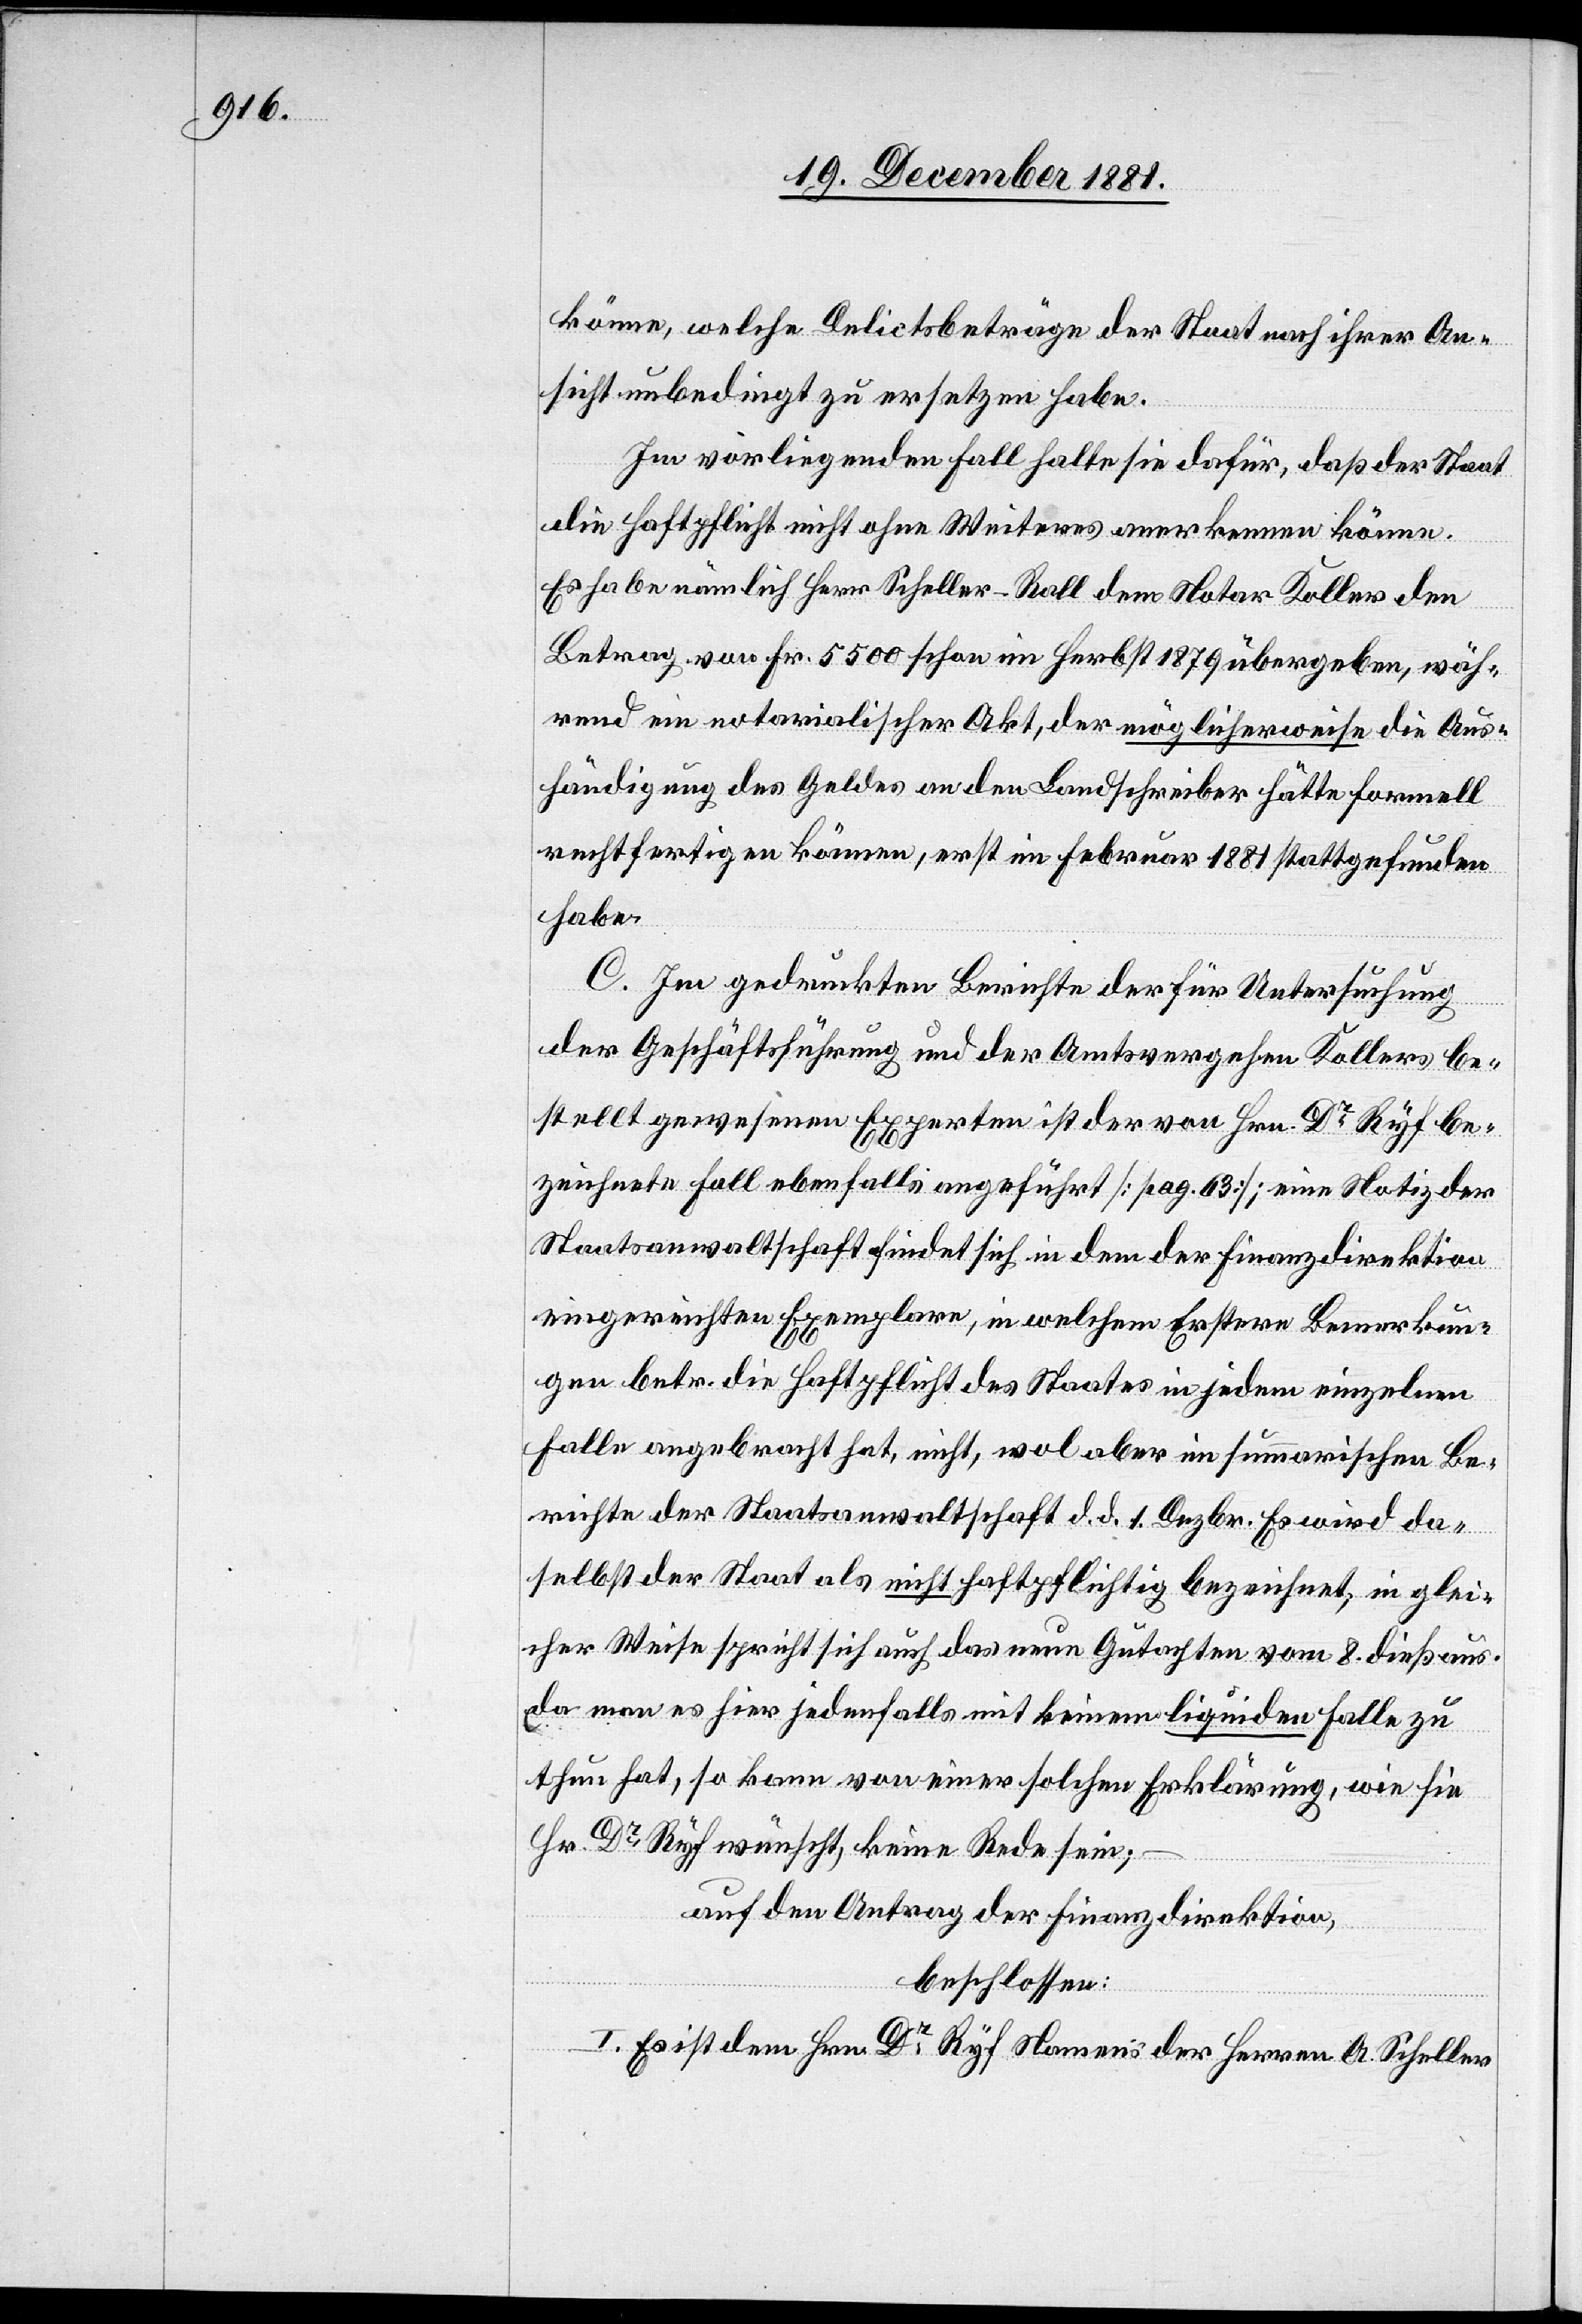
könne, welche Delictsbeträge der Staat nach ihrer An¬
sicht unbedingt zu ersetzen habe.
Im vorliegenden Fall halte sie dafür, daß der Staat
die Haftpflicht nicht ohne Weiteres anerkennen könne.
Es habe nämlich Herr Scheller-Roll dem Notar Koller den
Betrag von Fr. 5500 schon im Herbst 1879 übergeben, wäh¬
rend ein notarialischer Akt, der möglicherweise die Aus¬
händigung des Geldes an den Landschreiber hätte formell
rechtfertigen können, erst im Februar 1881 stattgefunden
habe.
C. Im gedruckten Berichte der für Untersuchung
der Geschäftsführung und der Amtsvergehen Kollers be¬
stellt gewesenen Experten ist der von Hrn. Dr. Ryf be¬
zeichnete Fall ebenfalls angeführt [pag. 63]; eine Notiz der
Staatsanwaltschaft findet sich in dem der Finanzdirektion
eingereichten Exemplare, in welchem Erstere Bemerkun¬
gen betr. die Haftpflicht des Staates in jedem einzelnen
Falle angebracht hat, nicht, wol aber im summarischen Be¬
richte der Staatsanwaltschaft d. d. 1. Dezbr. Es wird da¬
selbst der Staat als nicht haftpflichtig bezeichnet, in glei¬
cher Weise spricht sich auch das neue Gutachten vom 8. dieß aus,
da man es hier jedenfalls mit keinem liquiden Falle zu
thun hat, so kann von einer solchen Erklärung, wie sie
Hr. Dr Ryf wünscht, keine Rede sein;
auf den Antrag der Finanzdirektion,
beschlossen:
I. Es ist dem Hrn. Dr Ryf Namens der Herren A. Scheller